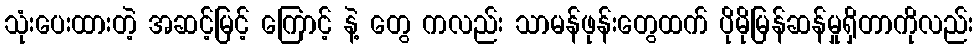
သုံးပေးထားတဲ့ အဆင့်မြင့် ကြောင့် နဲ့ တွေ ကလည်း သာမန်ဖုန်းတွေထက် ပိုမိုမြန်ဆန်မှုရှိတာကိုလည်း